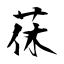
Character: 茠